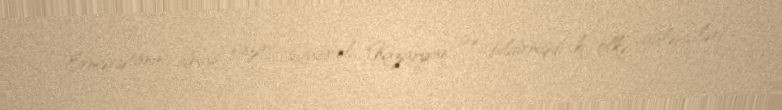
Ermənistanın idman naziri Qabriel Kazaryan isə bildirmişdi ki, ölkə güləşçiləri